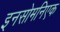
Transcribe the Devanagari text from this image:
इनसोमनिएक